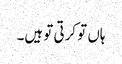
ہاں تو کرتی تو ہیں۔